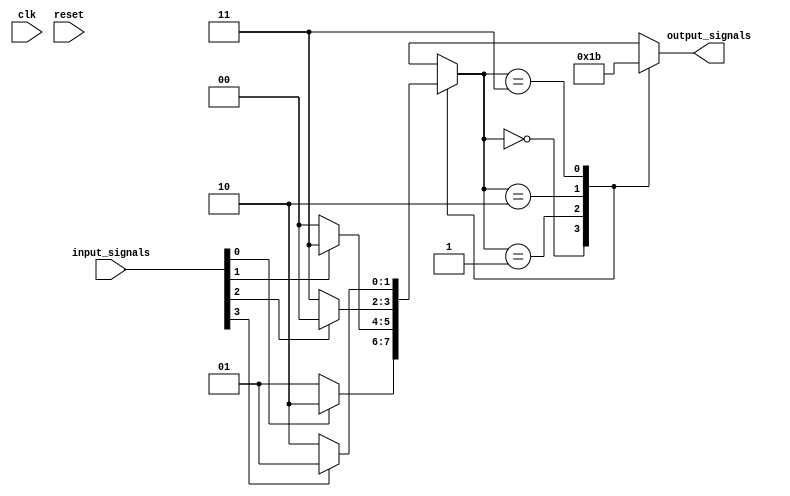
module mealy_state_machine (
    input wire clk, // Clock signal
    input wire reset, // Reset signal
    input wire [n-1:0] input_signals, // Input signals
    output reg [m-1:0] output_signals // Output signals
);

// Parameter definitions
parameter n = 4; // Number of input signals
parameter m = 2; // Number of output signals

// State definition
reg [1:0] state; // State register

// Combinational logic for state transitions
always @* begin
    case (state)
        2'b00: state = input_signals[0] ? 2'b10 : 2'b01; // Example transition based on input signal 0
        2'b01: state = input_signals[1] ? 2'b11 : 2'b00; // Example transition based on input signal 1
        2'b10: state = input_signals[2] ? 2'b00 : 2'b11; // Example transition based on input signal 2
        2'b11: state = input_signals[3] ? 2'b01 : 2'b10; // Example transition based on input signal 3
        default: state = 2'b00; // Default state
    endcase
end

// Output logic
always @* begin
    case (state)
        2'b00: output_signals = 2'b00; // Example output based on current state
        2'b01: output_signals = 2'b01; // Example output based on current state
        2'b10: output_signals = 2'b10; // Example output based on current state
        2'b11: output_signals = 2'b11; // Example output based on current state
        default: output_signals = 2'b00; // Default output
    endcase
end

endmodule